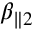
\beta _ { \parallel 2 }